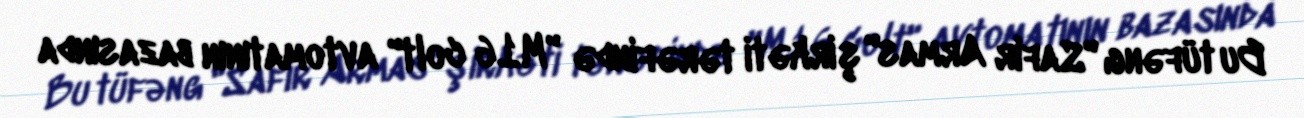
Bu tüfəng "Safir Armas" şirkəti tərəfində "M16 colt" avtomatının bazasında